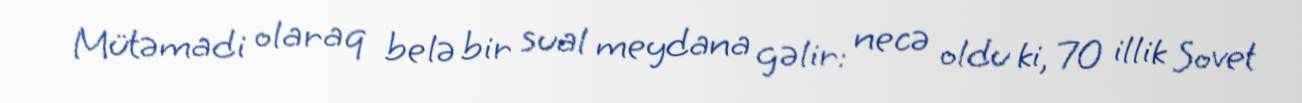
Mütəmadi olaraq belə bir sual meydana gəlir: necə oldu ki, 70 illik Sovet